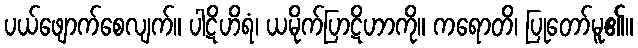
ပယ်ဖျောက်စေလျက်။ ပါဋိဟိရံ၊ ယမိုက်ပြာဋိဟာကို။ ကရောတိ၊ ပြုတော်မူ၏။